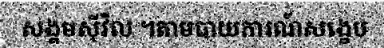
សង្គមស៊ីវិល ។តាមបាយការណ៍សង្ខេប